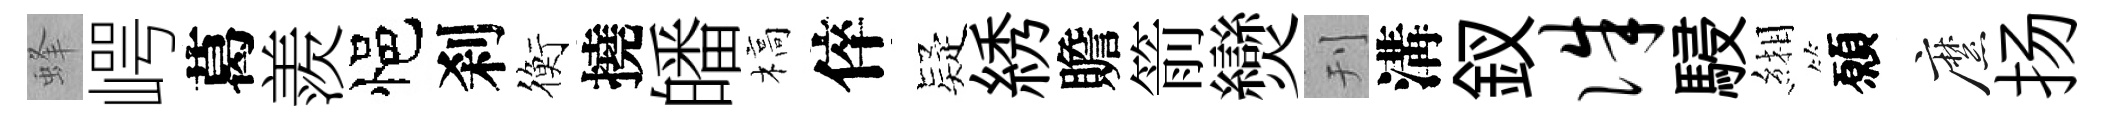
蜂崿葛羨悒刹衡撓皤槁倅疑綉贍箭𤓖刊溝釵侏駸緗願縻扬